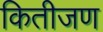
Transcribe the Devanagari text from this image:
कितीजण